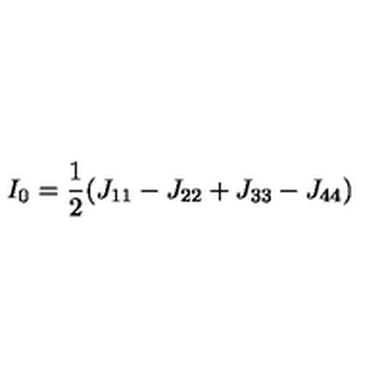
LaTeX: I _ { 0 } = \frac { 1 } { 2 } ( J _ { 1 1 } - J _ { 2 2 } + J _ { 3 3 } - J _ { 4 4 } )